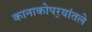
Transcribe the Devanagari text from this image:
कानाकोपर्‍यांतले